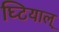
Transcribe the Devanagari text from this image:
घ्टियाल्